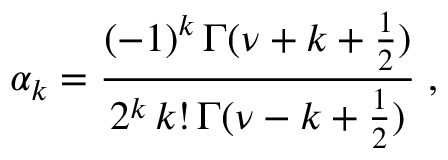
\alpha _ { k } = \frac { ( - 1 ) ^ { k } \, \Gamma ( \nu + k + \frac { 1 } { 2 } ) } { 2 ^ { k } \, k ! \, \Gamma ( \nu - k + \frac { 1 } { 2 } ) } \; ,